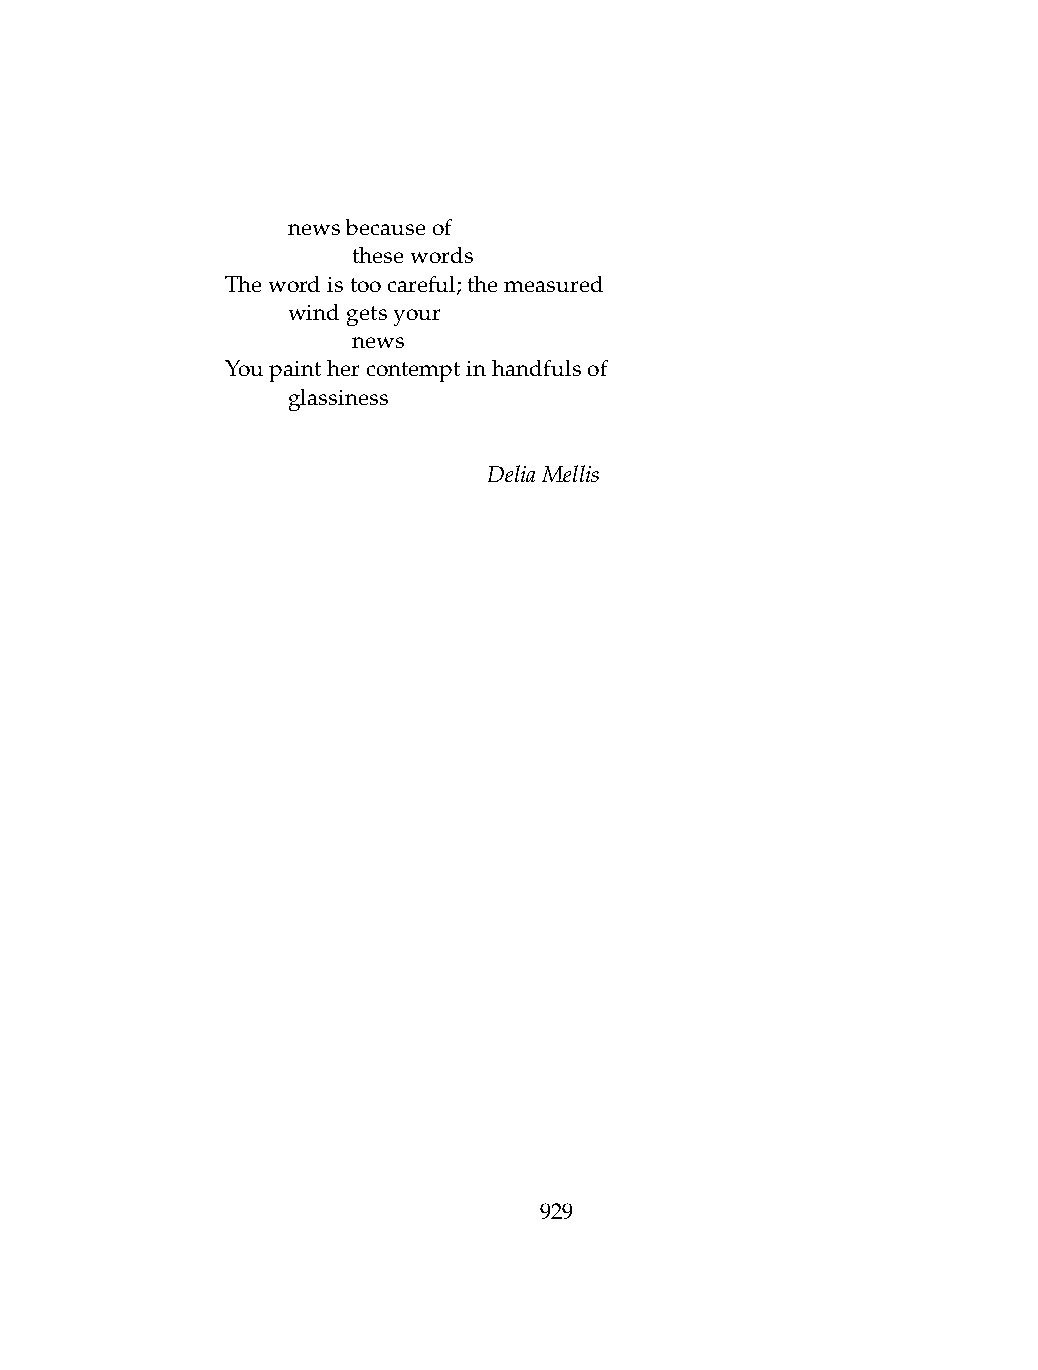
.   newsbecauseof
 .   .   thesewords
 Thewordistoocareful;themeasured
 .   windgetsyour
 .   .   news
 Youpainthercontemptinhandfulsof
 .   glassiness
 DeliaMellis
 929